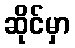
ဆိုင်မှာ